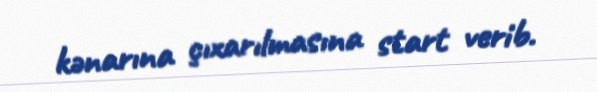
kənarına çıxarılmasına start verib.